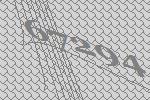
67294